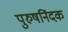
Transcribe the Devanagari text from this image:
पुरुषनिंदक